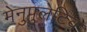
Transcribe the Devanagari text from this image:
मेनुपुलेटिव